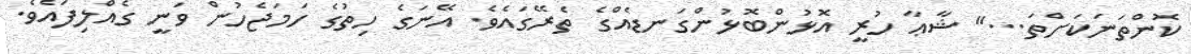
ކޮންތަނަކަށްތަ...'' ޝާޢާ ހުރީ އޮޅުންބޮޅުންގަނޑެއްގެ ތެރޭގައެވެ. އޭނަގެ ހިތުގެ ހަމަޖެހުން ވަނީ ގެއްލިފައެވެ.